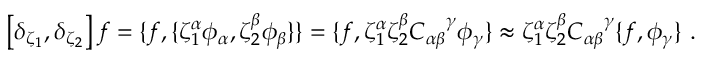
\left[ \delta _ { \zeta _ { 1 } } , \delta _ { \zeta _ { 2 } } \right] f = \{ f , \{ \zeta _ { 1 } ^ { \alpha } \phi _ { \alpha } , \zeta _ { 2 } ^ { \beta } \phi _ { \beta } \} \} = \{ f , \zeta _ { 1 } ^ { \alpha } \zeta _ { 2 } ^ { \beta } { C _ { \alpha \beta } } ^ { \gamma } \phi _ { \gamma } \} \approx \zeta _ { 1 } ^ { \alpha } \zeta _ { 2 } ^ { \beta } { C _ { \alpha \beta } } ^ { \gamma } \{ f , \phi _ { \gamma } \} \ .